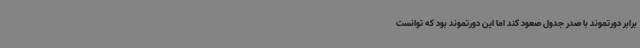
برابر دورتموند با صدر جدول صعود کند اما این دورتموند بود که توانست